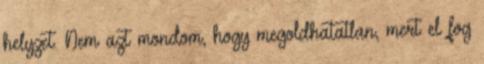
helyzet. Nem azt mondom, hogy megoldhatatlan, mert el fog